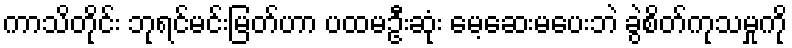
ကာသိတိုင်း ဘုရင်မင်းမြတ်ဟာ ပထမဦးဆုံး မေ့ဆေးမပေးဘဲ ခွဲစိတ်ကုသမှုကို